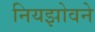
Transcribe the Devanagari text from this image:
नियझोवने